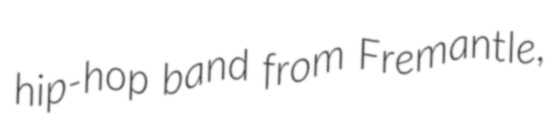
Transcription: hip-hop band from Fremantle,